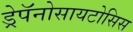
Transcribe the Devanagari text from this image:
ड्रेपॅनोसायटोसिस